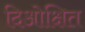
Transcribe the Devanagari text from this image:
दिओक्षित